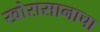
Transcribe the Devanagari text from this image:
खोरासानाचा